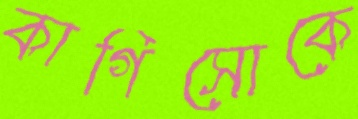
কাগিসোকে